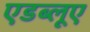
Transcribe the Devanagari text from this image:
एडब्लूए